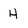
Character: H